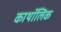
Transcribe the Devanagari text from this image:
काथॉलिक